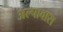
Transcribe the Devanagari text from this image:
अल्पावास